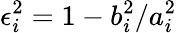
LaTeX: \epsilon_{i}^{2}=1-b_{i}^{2}/a_{i}^{2}